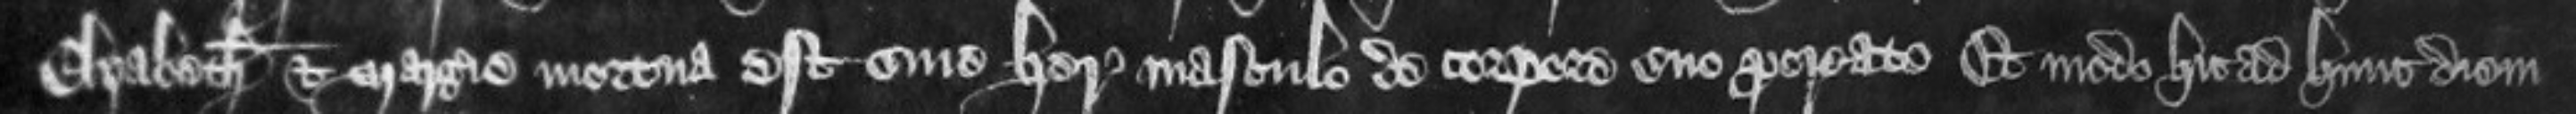
Elizabeth et Margerie mortua est sine herede masculo de corpore suo procreato Et modo hic ad hunc diem